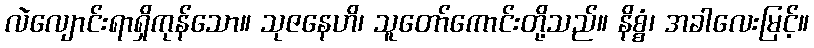
လဲလျောင်းရာရှိကုန်သော။ သုဇနေဟိ၊ သူတော်ကောင်းတို့သည်။ နိစ္စံ၊ အခါလေးမြင့်။